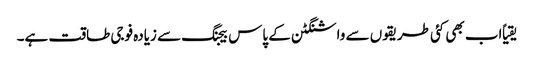
یقیاً اب بھی کئی طریقوں سے واشنگٹن کے پاس بیجنگ سے زیادہ فوجی طاقت ہے۔